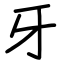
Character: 牙